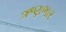
ઋણભાર